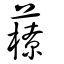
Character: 䕩